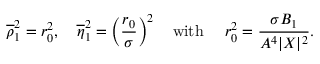
\overline { { { \rho } } } _ { 1 } ^ { 2 } = r _ { 0 } ^ { 2 } , \quad \overline { { { \eta } } } _ { 1 } ^ { 2 } = \left( \frac { r _ { 0 } } { \sigma } \right) ^ { 2 } \quad \mathrm { w i t h } \quad \, \, r _ { 0 } ^ { 2 } = \frac { \sigma B _ { 1 } } { A ^ { 4 } | X | ^ { 2 } } .